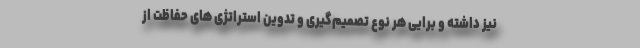
نیز داشته و برایی هر نوع تصمیم‌گیری و تدوین استراتژی های حفاظت از